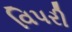
વિપરી